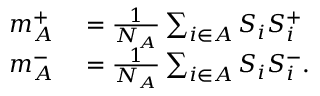
\begin{array} { r l } { m _ { A } ^ { + } } & { { } = \frac { 1 } { N _ { A } } \sum _ { i \in { \cal A } } S _ { i } S _ { i } ^ { + } } \\ { m _ { A } ^ { - } } & { { } = \frac { 1 } { N _ { A } } \sum _ { i \in { \cal A } } S _ { i } S _ { i } ^ { - } . } \end{array}